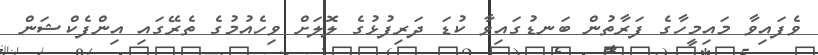
ވެފައިވާ މައިމީހާގެ ފަރާތުން ބަނޑުގައިވާ ކުޑަ ދަރިފުޅުގެ ލޮލަށް ވިހެއުމުގެ ތެރޭގައި އިންފެކްޝަން